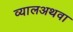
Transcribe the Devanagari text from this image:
व्यालअथवा